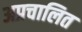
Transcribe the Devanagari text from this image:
अप्रचालित